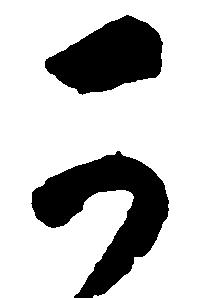
可